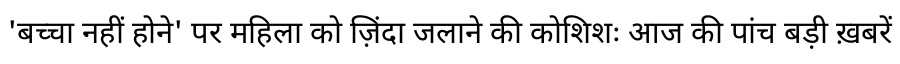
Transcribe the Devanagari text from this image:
'बच्चा नहीं होने' पर महिला को ज़िंदा जलाने की कोशिशः आज की पांच बड़ी ख़बरें